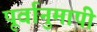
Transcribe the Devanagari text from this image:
पूर्वानुमापी